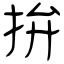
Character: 拚